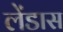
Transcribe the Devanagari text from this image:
लेंडास